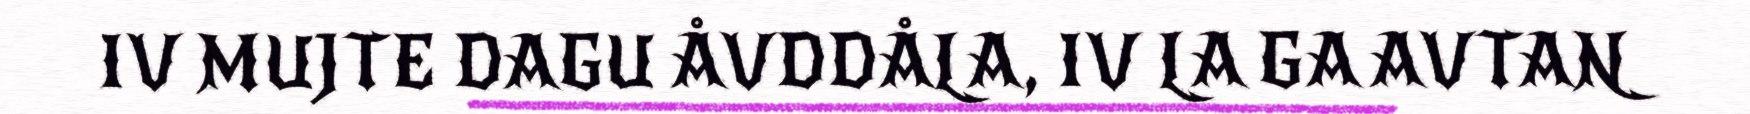
IV MUJTE DAGU ÅVDDÅLA, IV LA GA AVTAN